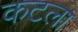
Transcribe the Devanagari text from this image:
कटला